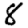
Digit: 8